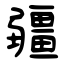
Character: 疆